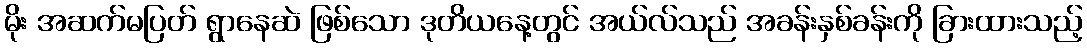
မိုး အဆက်မပြတ် ရွာနေဆဲ ဖြစ်သော ဒုတိယနေ့တွင် အယ်လ်သည် အခန်းနှစ်ခန်းကို ခြားထားသည့်